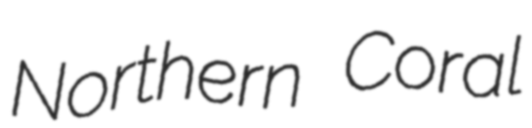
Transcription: Northern Coral